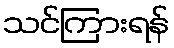
သင်ကြားရန်